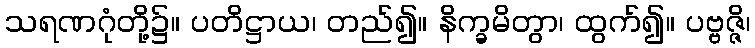
သရဏဂုံတို့၌။ ပတိဋ္ဌာယ၊ တည်၍။ နိက္ခမိတွာ၊ ထွက်၍။ ပဗ္ဗဇ္ဇိ၊